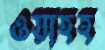
ওয়াহহ